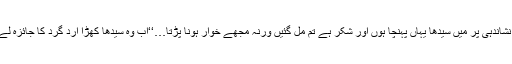
انہی کی نشاندہی پر میں سیدھا یہاں پہنچا ہوں اور شکر ہے تم مل گئیں ورنہ مجھے خوار ہونا پڑتا…‘‘اب وہ سیدھا کھڑا ارد گرد کا جائزہ لے رہا تھا۔